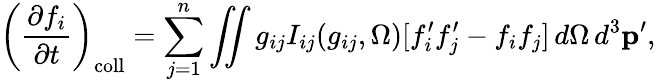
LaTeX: \left({\frac{\partial f_{i}}{\partial t}}\right)_{\mathrm{coll}}=\sum_{j=1}^{n}\iint g_{ij}I_{ij}(g_{ij},\Omega)[f_{i}^{\prime}f_{j}^{\prime}-f_{i}f_{j}]\, d\Omega\, d^{3}\mathbf{p^{\prime}},